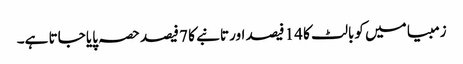
زمبیا میں کوبالٹ کا 14 فیصد اور تانبے کا 7 فیصد حصہ پایا جاتا ہے۔